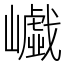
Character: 𡾟